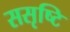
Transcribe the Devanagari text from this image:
ससृष्टि